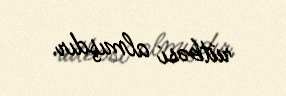
rütbəsi almışdır.